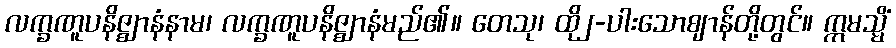
လက္ခဏူပနိဇ္ဈာနံနာမ၊ လက္ခဏူပနိဇ္ဈာနံမည်၏။ တေသု၊ ထို၂-ပါးသောဈာန်တို့တွင်။ ဣမသ္မိံ